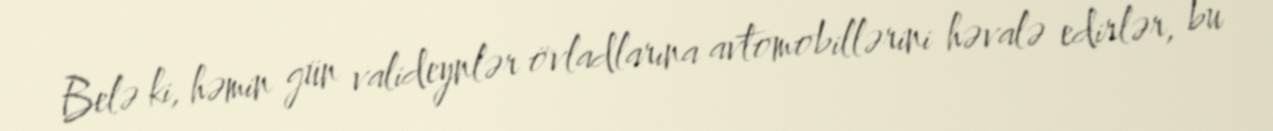
Belə ki, həmin gün valideynlər övladlarına avtomobillərini həvalə edirlər, bu